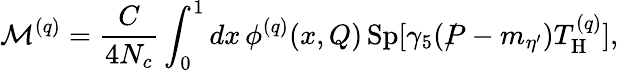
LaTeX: {\cal M}^{(q)}=\frac{C}{4N_{c}}\int_{0}^{1}dx\, \phi^{(q)}(x,Q)\, \mathrm{Sp}[\gamma_{5}(\rlap/P-m_{\eta^{\prime}})T_{\mathrm{H}}^{(q)}],